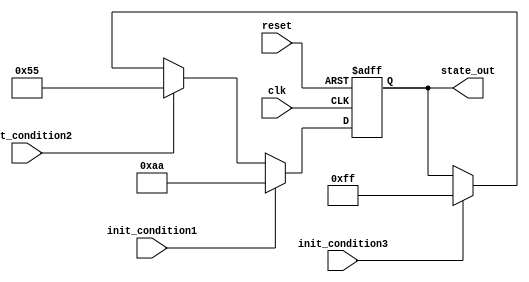
module ConditionalInitialization (
    input wire clk,           // Clock input
    input wire reset,         // Reset signal
    input wire init_condition1, // Condition 1 for initialization
    input wire init_condition2, // Condition 2 for initialization
    input wire init_condition3, // Condition 3 for initialization
    output reg [7:0] state_out // Output state
);

    // Internal registers for state initialization
    reg [7:0] state_reg;

    // Parameter definitions for different initialization states
    parameter STATE_INIT1 = 8'hAA; // Initialization state for condition 1
    parameter STATE_INIT2 = 8'h55; // Initialization state for condition 2
    parameter STATE_INIT3 = 8'hFF; // Initialization state for condition 3
    parameter STATE_DEFAULT = 8'h00; // Default initialization state

    // Sequential logic for state initialization
    always @(posedge clk or posedge reset) begin
        if (reset) begin
            // Reset state to the default value
            state_reg <= STATE_DEFAULT;
        end else begin
            // Conditional initialization based on input conditions
            if (init_condition1) begin
                state_reg <= STATE_INIT1;
            end else if (init_condition2) begin
                state_reg <= STATE_INIT2;
            end else if (init_condition3) begin
                state_reg <= STATE_INIT3;
            end
            // Additional conditions can be added here
            else begin
                // Maintain current state if no conditions are met
                state_reg <= state_reg;
            end
        end
    end

    // Output logic
    always @(*) begin
        state_out = state_reg; // Update output based on internal state
    end

endmodule